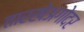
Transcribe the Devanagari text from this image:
तारखेअगोदर